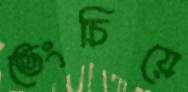
ভেংচিয়ে